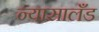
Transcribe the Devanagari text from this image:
न्यासालँड